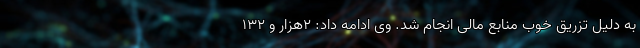
به دلیل تزریق خوب منابع مالی انجام شد. وی ادامه داد: ۲هزار و ۱۳۲